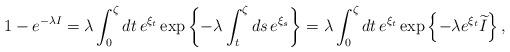
LaTeX: \begin{align*}1-e^{-\lambda I}=\lambda\int^{\zeta}_{0}dt\,e^{\xi_{t}}\exp\left\{-\lambda\int^{\zeta}_{t}ds\,e^{\xi_{s}}\right\}=\lambda\int^{\zeta}_{0}dt\,e^{\xi_{t}}\exp\left\{-\lambda e^{\xi_{t}}\widetilde{I}\right\},\end{align*}